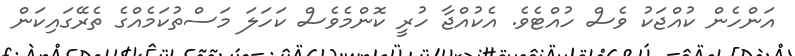
އަންހެން ކުއްޖަކު ވެސް ހުއްޓެވެ. އެކުއްޖާ ހުރީ ކޮންމެވެސް ކަހަލަ މަސްތުކަމެއްގެ ތެރޭގައިކަން